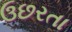
ઉછરતા